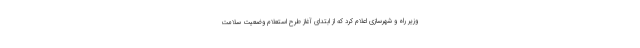
وزیر راه و شهرسازی اعلام کرد که از ابتدای آغاز طرح استعلام وضعیت سلامت